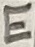
Text: E